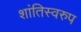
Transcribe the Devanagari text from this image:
शांतिस्वरुप